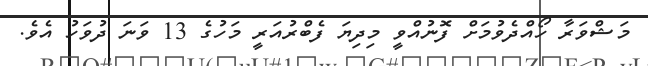
މަޝްވަރާ ހޯއްދެވުމަށް ފޮނުއްވީ މިދިޔަ ފެބްރުއަރީ މަހުގެ 13 ވަނަ ދުވަހު އެވެ.